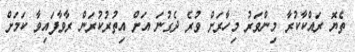
ތެޔޮ ރައްކާކުރާ މިންވަރު މިހާރަށް ވުރެ ދެގުނަ އަށް އިތުރުކުރަން ރާވާފައިވާ ކަމަށް